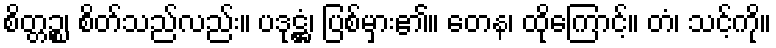
စိတ္တဉ္စ၊ စိတ်သည်လည်း။ ပဒုဋ္ဌံ၊ ပြစ်မှား၏။ တေန၊ ထိုကြောင့်။ တံ၊ သင့်ကို။